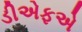
ડીએફએ